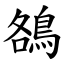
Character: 鵅